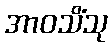
အာဝသိံသု